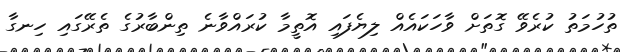
ތުހުމަތު ކުރެވޭ ގޮތަށް ވާހަކައެއް ލިޔެފައި އޮތީމާ ކުރައްވާނެ ތިންބާރުގެ ތެރޭގައި ހިނގާ